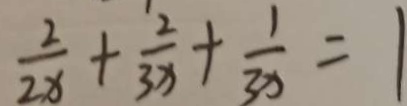
\frac { 2 } { 2 x } + \frac { 2 } { 3 x } + \frac { 1 } { 3 x } = 1